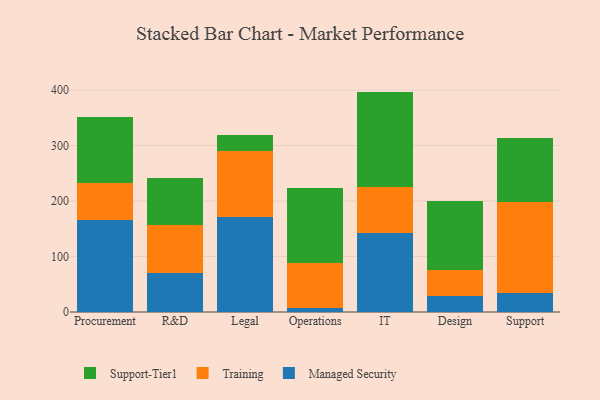
{"axis": {"x": "Department", "y": "Churn Rate (%)"}, "legend": ["Managed Security", "Support-Tier1", "Training"], "data": [{"x": "Procurement", "y": 166.5, "type": "Managed Security"}, {"x": "Procurement", "y": 66.4, "type": "Training"}, {"x": "Procurement", "y": 118.5, "type": "Support-Tier1"}, {"x": "R&D", "y": 70.2, "type": "Managed Security"}, {"x": "R&D", "y": 86.9, "type": "Training"}, {"x": "R&D", "y": 85.1, "type": "Support-Tier1"}, {"x": "Legal", "y": 171.5, "type": "Managed Security"}, {"x": "Legal", "y": 119.1, "type": "Training"}, {"x": "Legal", "y": 28.2, "type": "Support-Tier1"}, {"x": "Operations", "y": 6.7, "type": "Managed Security"}, {"x": "Operations", "y": 82.0, "type": "Training"}, {"x": "Operations", "y": 134.1, "type": "Support-Tier1"}, {"x": "IT", "y": 143.2, "type": "Managed Security"}, {"x": "IT", "y": 82.8, "type": "Training"}, {"x": "IT", "y": 171.2, "type": "Support-Tier1"}, {"x": "Design", "y": 28.1, "type": "Managed Security"}, {"x": "Design", "y": 47.1, "type": "Training"}, {"x": "Design", "y": 125.2, "type": "Support-Tier1"}, {"x": "Support", "y": 34.8, "type": "Managed Security"}, {"x": "Support", "y": 162.6, "type": "Training"}, {"x": "Support", "y": 116.5, "type": "Support-Tier1"}]}